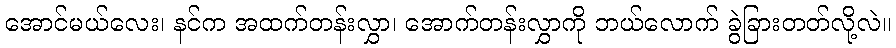
အောင်မယ်လေး၊ နင်က အထက်တန်းလွှာ၊ အောက်တန်းလွှာကို ဘယ်လောက် ခွဲခြားတတ်လို့လဲ။